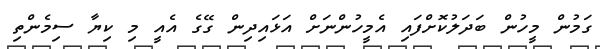
ގަމުން މީހުން ބަދަލުކޮށްފައި އެމީހުންނަށް އަޅައިދިން ގޭގެ އެއީ މި ކިޔާ ސިމެންތި